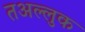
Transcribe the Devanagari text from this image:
तअल्लुक